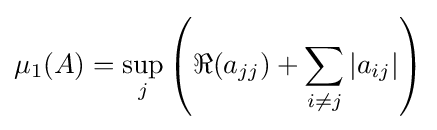
\mu _{1}(A)=\sup \limits _{j}\left(\Re (a_{jj})+\sum \limits _{i\neq j}|a_{ij}|\right)